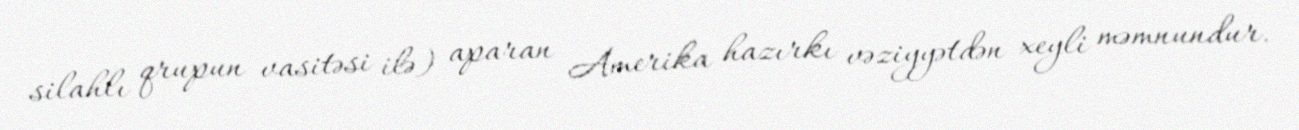
silahlı qrupun vasitəsi ilə) aparan Amerika hazırkı vəziyyətdən xeyli məmnundur.